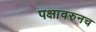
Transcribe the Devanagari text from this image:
पक्षावरुनच